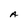
Character: A